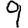
Digit: 9